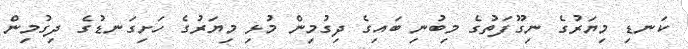
ކަނޑި މިޔަރުގެ ނިގޫފަތުގެ މިބުނި ބައިގެ ދިގުމިން މުޅި މިޔަރުގެ ހަށިގަނޑުގެ ދިގުމިން